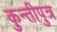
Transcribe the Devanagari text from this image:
कुन्तीपुत्र